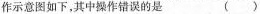
作示意图如下，其中操作错误的是 ( )